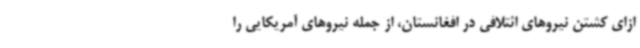
ازای کشتن نیروهای ائتلافی در افغانستان، از جمله نیروهای آمریکایی را